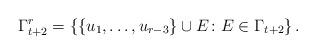
LaTeX: \begin{align*}\Gamma_{t+2}^r = \left\{\{u_1,\ldots, u_{r-3}\}\cup E\colon E\in \Gamma_{t+2}\right\}. \end{align*}